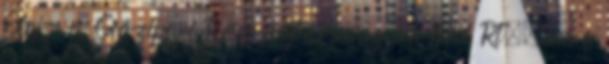
Olaj- és Gázipari Részvénytársaság, a Mol Rt., ma a